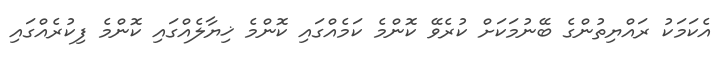
އެކަމަކު ރައްޔިތުންގެ ބޭނުމަކަށް ކުރެވޭ ކޮންމެ ކަމެއްގައި ކޮންމެ ޚިޔާލެއްގައި ކޮންމެ ފިކުރެއްގައި